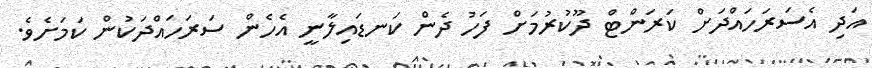
އަދި އެސަރަހައްދަށް ކަރަންޓް ދޫކުރުމަށް ފަހު ދެން ކަނޑައިލާނީ އެހެން ސަރަހައްދަކުން ކަމަށެވެ.